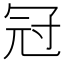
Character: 冠